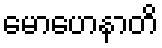
မောဟေနာတိ